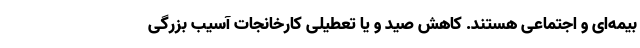
بیمه‌ای و اجتماعی هستند. کاهش صید و یا تعطیلی کارخانجات آسیب بزرگی